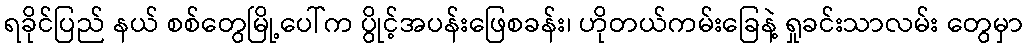
ရခိုင်ပြည် နယ် စစ်တွေမြို့ပေါ်က ပွိုင့်အပန်းဖြေစခန်း၊ ဟိုတယ်ကမ်းခြေနဲ့ ရှုခင်းသာလမ်း တွေမှာ